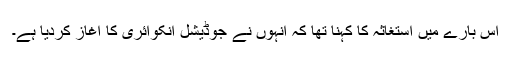
اس بارے میں استغاثہ کا کہنا تھا کہ انہوں نے جوڈیشل انکوائری کا آغاز کردیا ہے۔